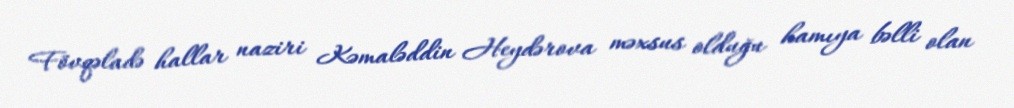
Fövqəladə hallar naziri Kəmaləddin Heydərova məxsus olduğu hamıya bəlli olan